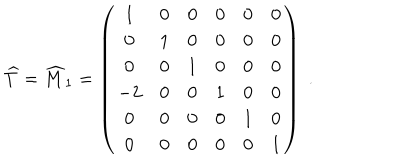
{ \widehat T } = { \widehat M } _ { 1 } = \left( \begin{array} { c c c c c c } { { 1 } } & { { 0 } } & { { 0 } } & { { 0 } } & { { 0 } } & { { 0 } } \\ { { 0 } } & { { 1 } } & { { 0 } } & { { 0 } } & { { 0 } } & { { 0 } } \\ { { 0 } } & { { 0 } } & { { 1 } } & { { 0 } } & { { 0 } } & { { 0 } } \\ { { - 2 } } & { { 0 } } & { { 0 } } & { { 1 } } & { { 0 } } & { { 0 } } \\ { { 0 } } & { { 0 } } & { { 0 } } & { { 0 } } & { { 1 } } & { { 0 } } \\ { { 0 } } & { { 0 } } & { { 0 } } & { { 0 } } & { { 0 } } & { { 1 } } \\ \end{array} \right) \; .